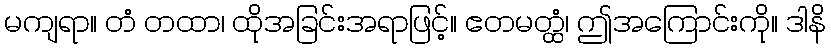
မကျရာ။ တံ တထာ၊ ထိုအခြင်းအရာဖြင့်။ ဧတမတ္ထံ၊ ဤအကြောင်းကို။ ဒါနိ